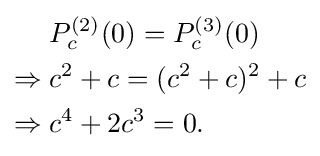
{\begin{aligned}&P_{c}^{(2)}(0)=P_{c}^{(3)}(0)\\\Rightarrow {}&c^{2}+c=(c^{2}+c)^{2}+c\\\Rightarrow {}&c^{4}+2c^{3}=0.\end{aligned}}